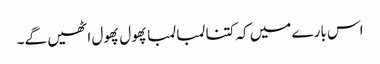
اس بارے میں کہ کتنا لمبا لمبا پھول پھول اٹھیں گے۔